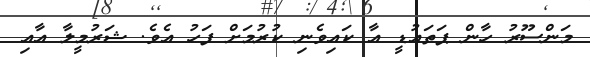
މަންސޫރު ހާން ޕަތައުޑީ އާ ކައިވެނި ކުރުމަށް ފަހު އެވެ. ޝަރުމީލާ އާއި